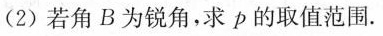
(2)若角B为锐角，求p的取值范围.